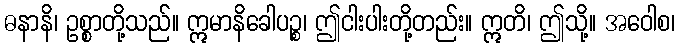
ဓနာနိ၊ ဥစ္စာတို့သည်။ ဣမာနိခေါပဉ္စ၊ ဤငါးပါးတို့တည်း။ ဣတိ၊ ဤသို့။ အဝေါစ၊